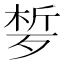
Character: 𣨗